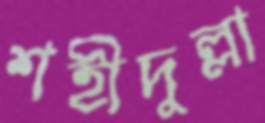
শহীদুল্লা